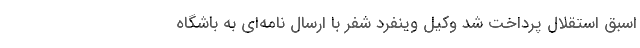
اسبق استقلال پرداخت شد وکیل وینفرد شفر با ارسال نامه‌ای به باشگاه